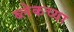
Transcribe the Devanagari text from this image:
ब्लेकच्या